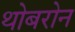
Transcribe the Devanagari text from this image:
थोबरोन